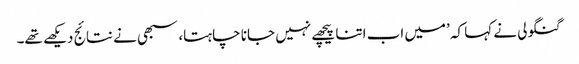
گنگولی نے کہا کہ ’میں اب اتنا پیچھے نہیں جانا چاہتا، سبھی نے نتائج دیکھے تھے۔